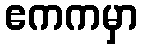
ဧကကမှာ